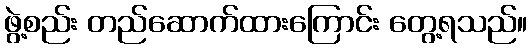
ဖွဲ့စည်း တည်ဆောက်ထားကြောင်း တွေ့ရသည်။